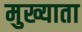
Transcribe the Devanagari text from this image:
मुख्याता